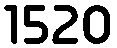
1520